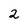
Character: 2